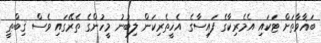
ބަޣާވާތަށް ޓަކައި އެމެރިކާގެ ފައިސާގެ އެހީތެރިކަން ލިބުނު މީހުންގެ ތެރޭގައި ވެސް ޤިބްޠީ